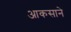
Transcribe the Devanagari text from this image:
आकसाने